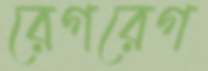
রেগরেগ